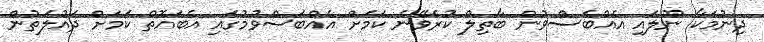
ދިނުމަކާ ނުލައި އެއްބަސްވުން ބާތިލް ކުރެވޭނެ ކަމަށް އެއްބަސްވުމުގައި އެބައޮތް ކަމަށް ދައުލަތުން